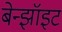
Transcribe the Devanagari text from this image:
बेन्झॉइट